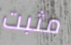
مثبت